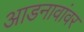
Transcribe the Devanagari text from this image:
आडनावांवर